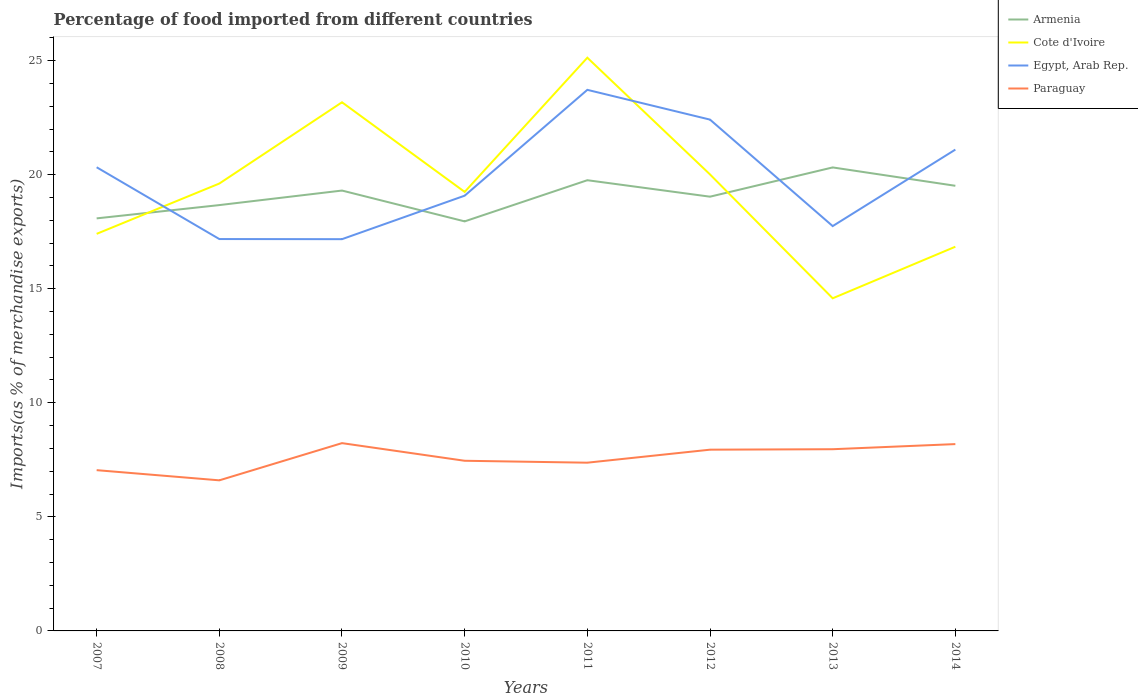
| Years | Armenia | Cote d'Ivoire | Egypt, Arab Rep. | Paraguay |
 | --- | --- | --- | --- | --- |
 | 2007 | 18.1 | 17.4 | 20.3 | 7.05 |
 | 2008 | 18.7 | 19.6 | 17.2 | 6.6 |
 | 2009 | 19.3 | 23.2 | 17.2 | 8.23 |
 | 2010 | 18 | 19.2 | 19.1 | 7.46 |
 | 2011 | 19.8 | 25.1 | 23.7 | 7.37 |
 | 2012 | 19 | 20 | 22.4 | 7.94 |
 | 2013 | 20.3 | 14.6 | 17.7 | 7.97 |
 | 2014 | 19.5 | 16.8 | 21.1 | 8.19 |